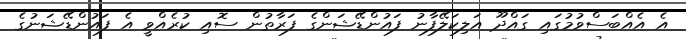
އެ އެއްބަސްވުމުގައި ގައްދޫ އަލިކަލޭފާނު ފައުންޑޭޝަންގެ ފަރާތުން ސޮއި ކުރެއްވީ އެ ފައުންޑޭޝަނުގެ